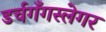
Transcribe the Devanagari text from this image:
डर्चगँगस्लेगर